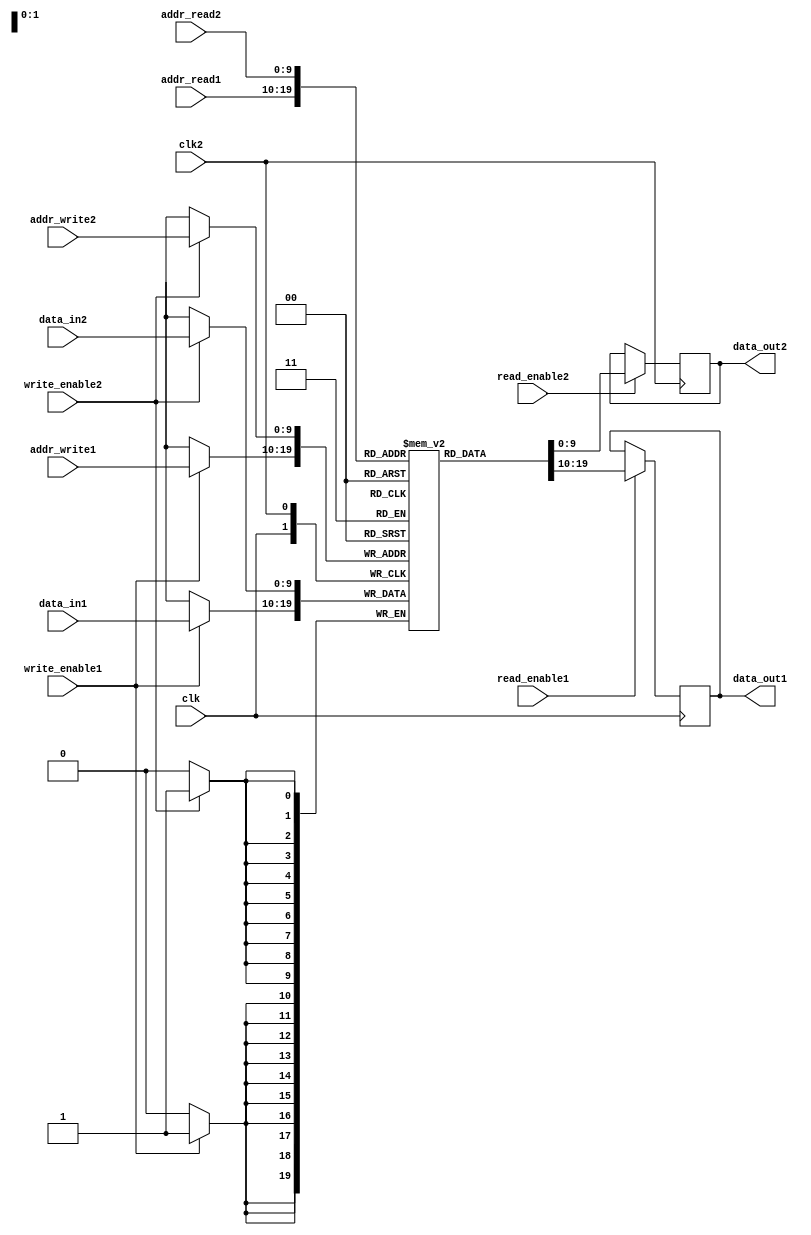
module dual_port_ram (
    input wire clk,
    input wire [9:0] addr_read1,
    input wire [9:0] addr_write1,
    input wire [9:0] data_in1,
    output reg [9:0] data_out1,
    input wire read_enable1,
    input wire write_enable1,
    input wire clk2,
    input wire [9:0] addr_read2,
    input wire [9:0] addr_write2,
    input wire [9:0] data_in2,
    output reg [9:0] data_out2,
    input wire read_enable2,
    input wire write_enable2
);

reg [9:0] mem[0:1023];

always @(posedge clk) begin
    if (write_enable1) begin
        mem[addr_write1] <= data_in1;
    end
    if (read_enable1) begin
        data_out1 <= mem[addr_read1];
    end
end

always @(posedge clk2) begin
    if (write_enable2) begin
        mem[addr_write2] <= data_in2;
    end
    if (read_enable2) begin
        data_out2 <= mem[addr_read2];
    end
end

endmodule